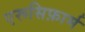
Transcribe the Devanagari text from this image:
एरूसिफ़ार्म